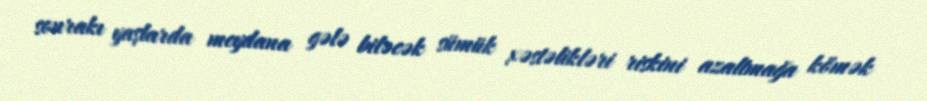
sonrakı yaşlarda meydana gələ biləcək sümük xəstəlikləri riskini azaltmağa kömək